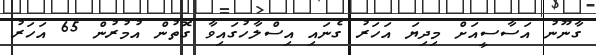
ގާނޫނު އަސާސީއަށް މިދިޔަ އަހަރު ގެނައި އިސްލާހުގައިވާ ގޮތުން އުމުރުން 65 އަހަރު